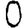
Digit: 0